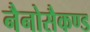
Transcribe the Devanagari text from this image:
नैनोसैकण्ड